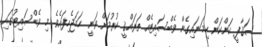
ސަޤާފީ ކަންކަން ހިމަނައިގެން ވެބްސައިޓެއް ތަރައްޤީ ކުރުމަށް ވަނީ ހަމަޖެހިފައެވެ. މި ވެބްސައިޓުގައި